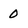
Character: 0